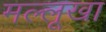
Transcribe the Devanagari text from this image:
मल्लूखा